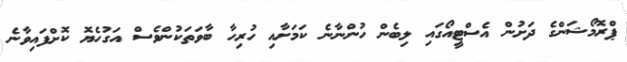
ޕްރޮމޯޝަންގެ ދަށުން އެސްޓީއޯގައި ލިބެން ހުންނާނެ ކަމަށާއި ހުރިހާ ބާވަތަކުންވެސް އަގުހެޔޮ ކޮށްފައިވާނެ